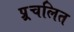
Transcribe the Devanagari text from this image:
प्र्र्रचलित